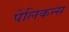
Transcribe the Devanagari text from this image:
पेलिकन्स